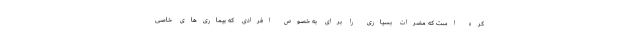
کره است که مضرات بسیاری را برای به خصوص افرادی که بیماری‌های خاصی